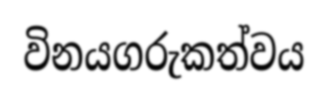
විනයගරුකත්වය